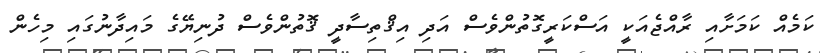
ކަމެއް ކަމަށާއި ރާއްޖެއަކީ އަސްކަރީގޮތުންވެސް އަދި އިޤްތިސާދީ ޤޮތުންވެސް ދުނިޔޭގެ މައިދާނުގައި މިހެން